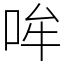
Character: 哞